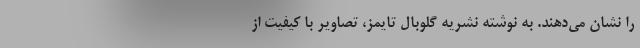
را نشان می‌دهند. به نوشته نشریه گلوبال تایمز، تصاویر با کیفیت از